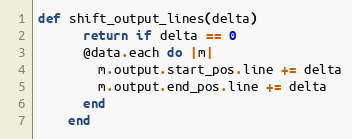
Language: Ruby
def shift_output_lines(delta)
      return if delta == 0
      @data.each do |m|
        m.output.start_pos.line += delta
        m.output.end_pos.line += delta
      end
    end